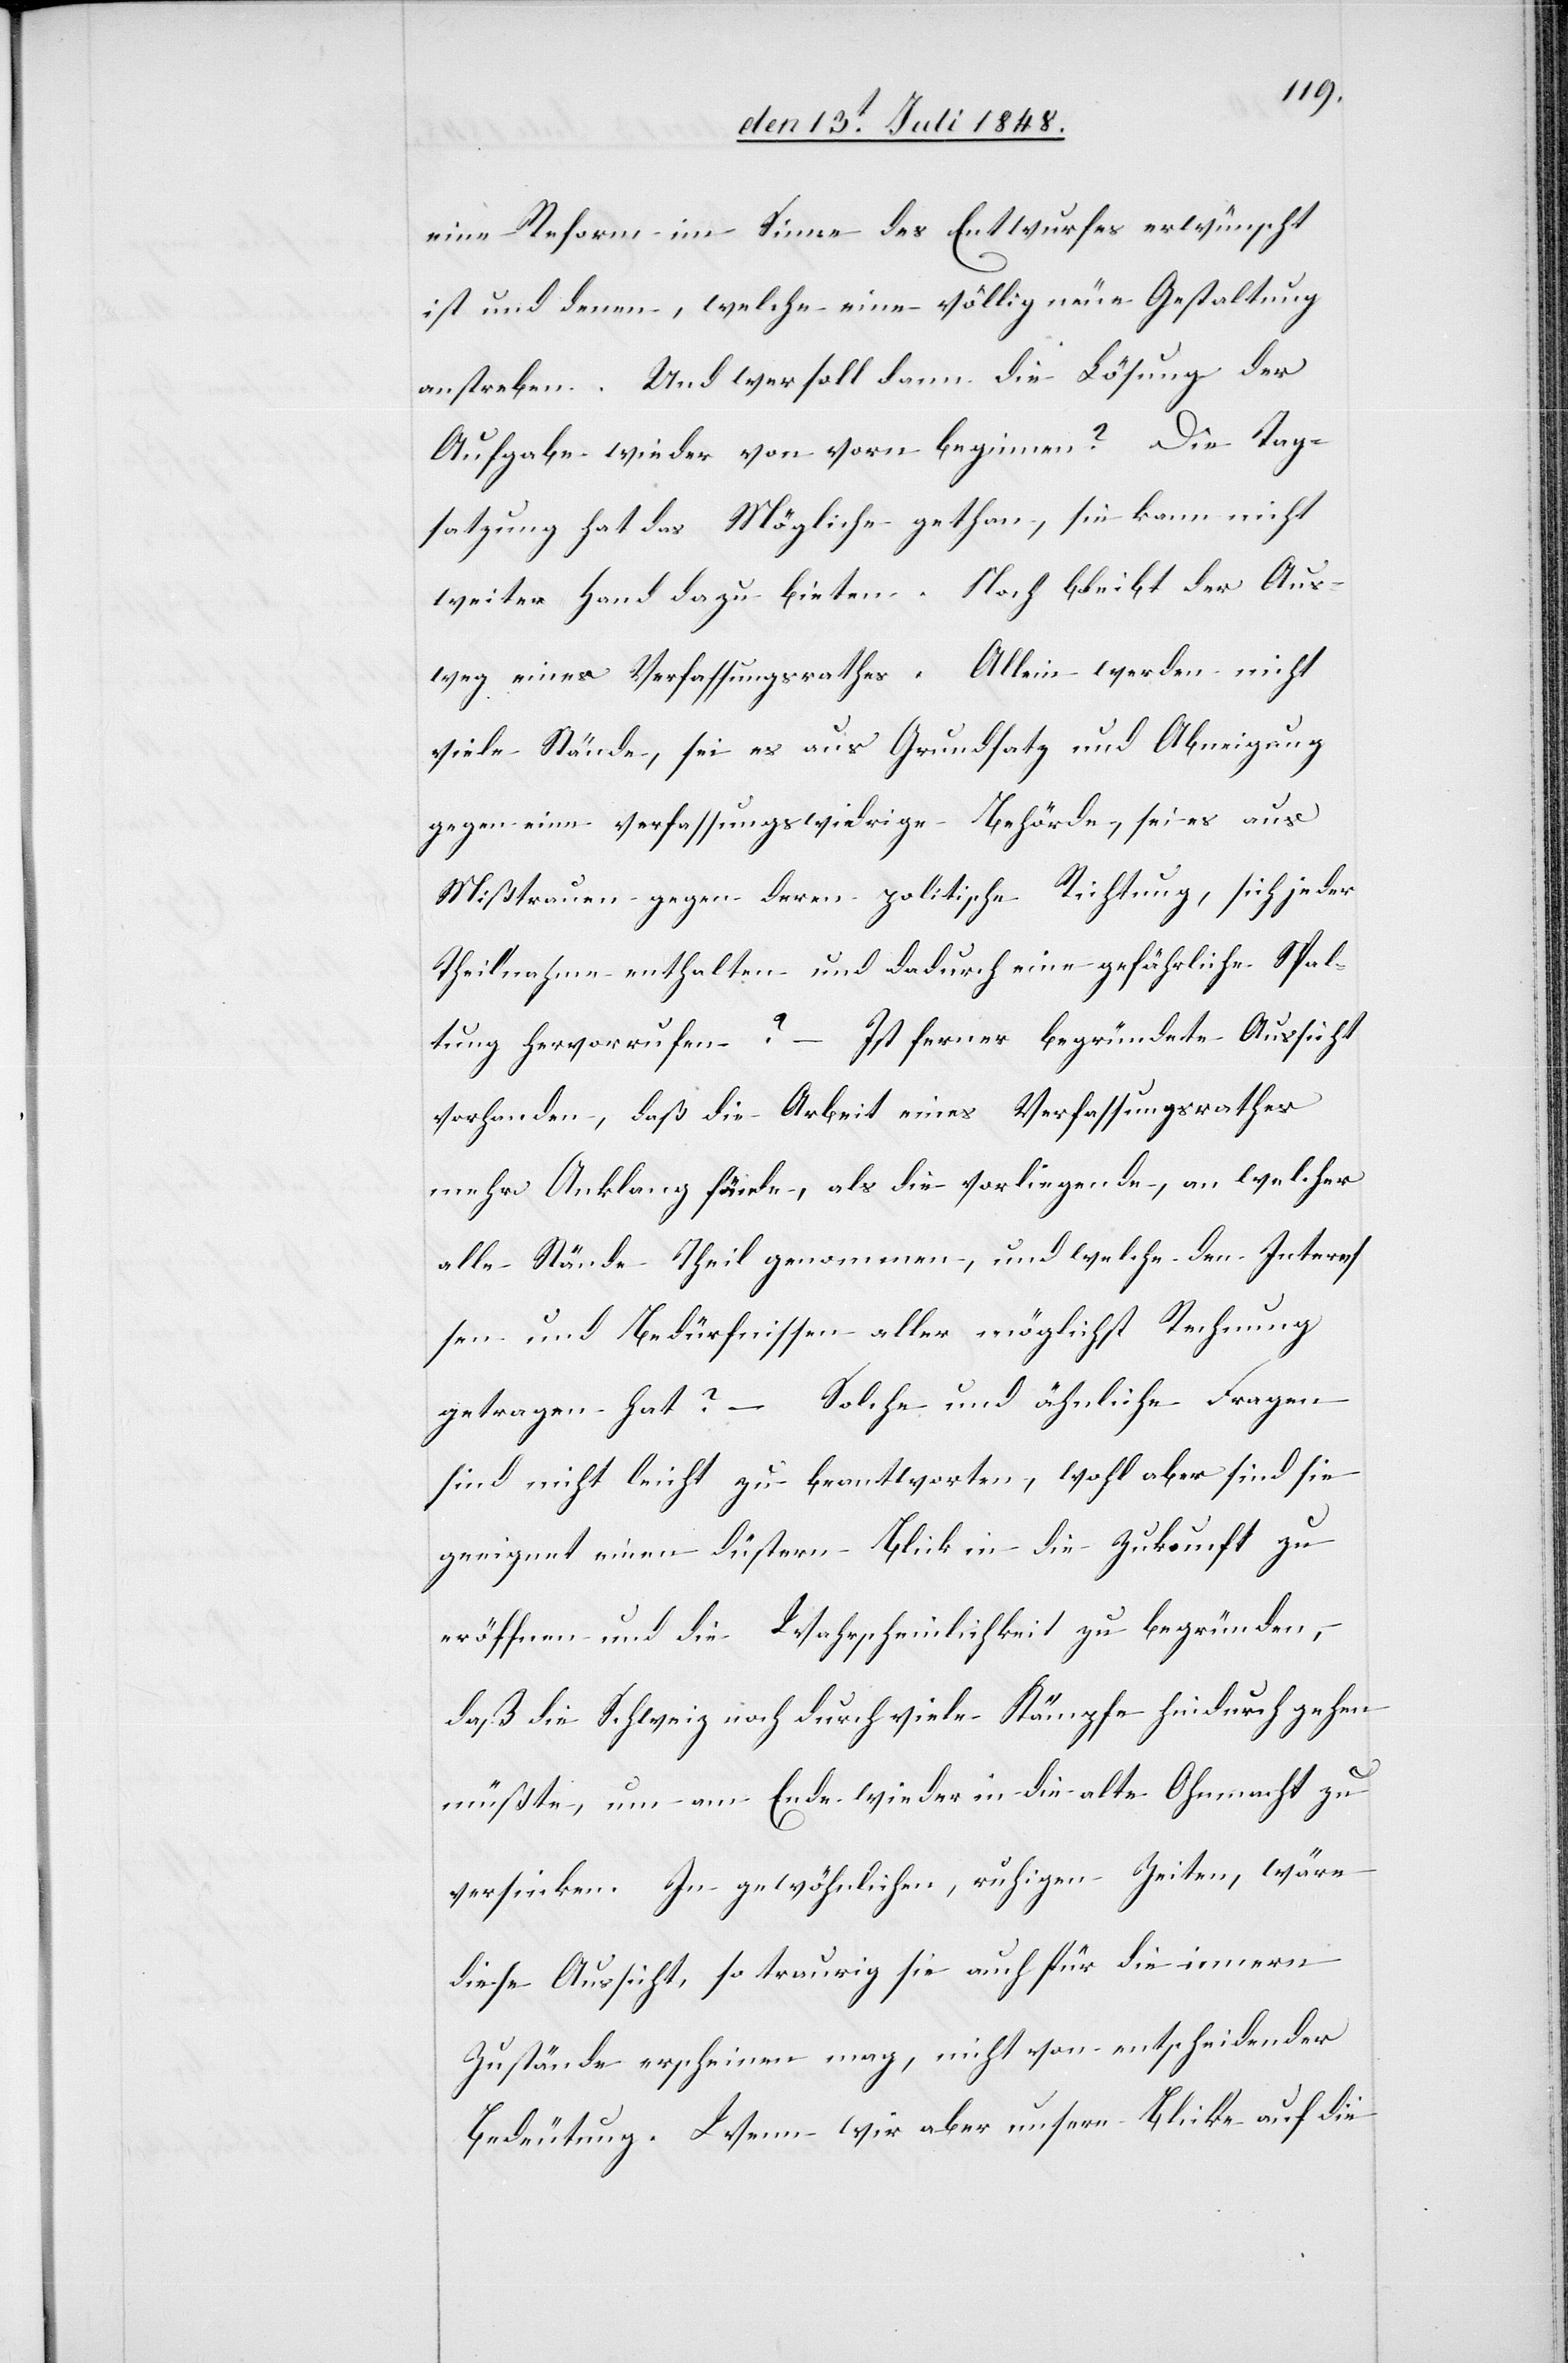
eine Reform im Sinne des Entwurfes erwünscht
ist und denen, welche ein völlig neue Gestaltung
anstreben. Und wer soll dann die Lösung der
Aufgabe wieder von vorn beginnen? Die Tag¬
satzung hat das Mögliche gethan, sie kann nicht
weiter Hand dazu bieten. Noch bleibt der Aus¬
weg eines Verfassungsrathes. Allein werden nicht
viele Stände, sei es aus Grundsatz und Abneigung
gegen eine verfassungswidrige Behörde, sei es aus
Mißtrauen gegen deren politische Richtung, sich jeder
Theilnahme enthalten und dadurch eine gefährliche Spal¬
tung hervorrufen? – Ist ferner begründete Aussicht
vorhanden, daß die Arbeit eines Verfassungsrathes
mehr Anklang fände, als die vorliegende, an welcher
alle Stände Theil genommen, und welche dem Interes¬
se und Bedürfnisse aller möglichst Rechnung
getragen hat? – Solche und ähnliche Fragen
sind nicht leicht zu beantworten, wohl aber sind sie
geeignet einen düstern Blick in die Zukunft zu
eröffnen und die Wahrscheinlichkeit zu begründen,
daß die Schweiz noch durch viele Kämpfe hindurch gehen
müßte, um am Ende wieder in die alte Ohnmacht zu
versinken. In gewöhnlichen, ruhigen Zeiten, wäre
diese Aussicht, so traurig sie auch für die innern
Zustände erscheinen mag, nicht von entscheidender
Bedeutung. Wenn wir aber unsere Blicke auf die